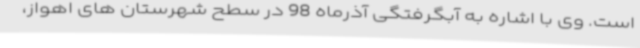
است. وی با اشاره به آبگرفتگی آذرماه 98 در سطح شهرستان های اهواز،